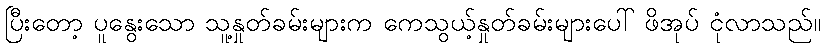
ပြီးတော့ ပူနွေးသော သူ့နှုတ်ခမ်းများက ကေသွယ့်နှုတ်ခမ်းများပေါ် ဖိအုပ် ငုံလာသည်။